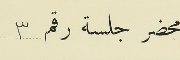
محضر جلسة رقم ٣